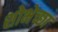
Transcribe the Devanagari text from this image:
शोभेच्छा